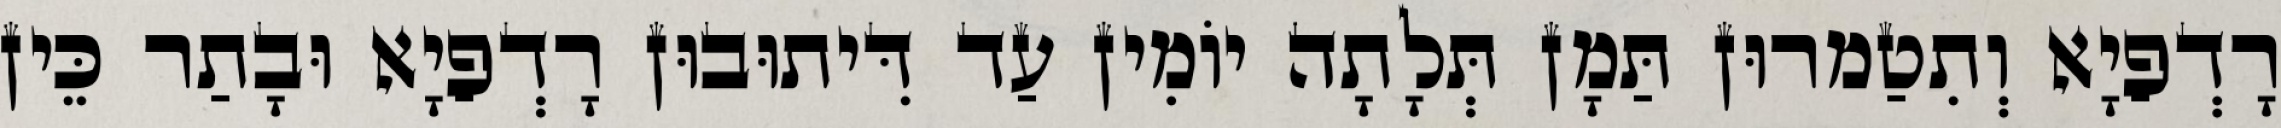
רָדְפַיָא וְתִטַמרוּן תַּמָן תְּלָתָה יוֹמִין עַד דִּיתוּבוּן רָדְפַיָא וּבָתַר כֵּין